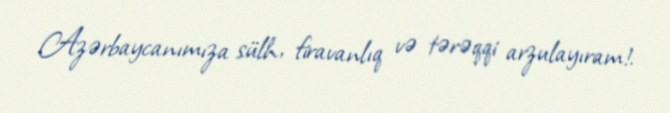
Azərbaycanımıza sülh, firavanlıq və tərəqqi arzulayıram!.